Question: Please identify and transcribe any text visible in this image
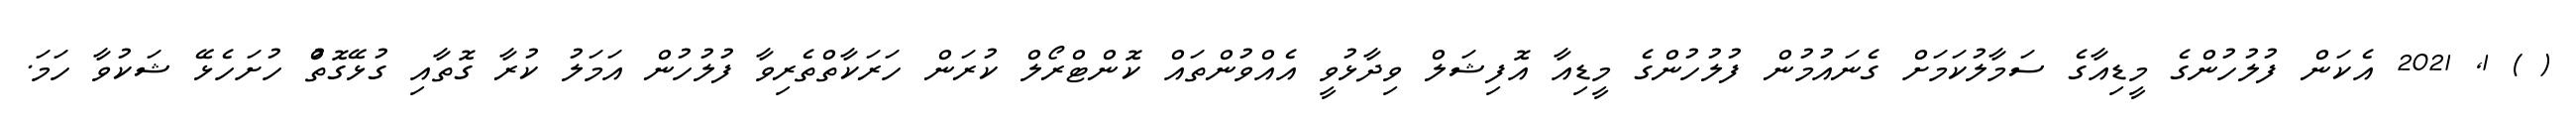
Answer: ( ) 1, 2021 އެކަން ފުލުހުންގެ މީޑިއާގެ ސަމާލުކަމަށް ގެނައުމުން ފުލުހުންގެ މީޑިއާ އޮފިޝަލް ވިދާޅުވީ އެއްވުންތައް ކޮންޓްރޯލް ކުރަން ހަރަކާތްތެރިވާ ފުލުހުން އަމަލު ކުރާ ގޮތާއި ގުޅޭގޮތުް ހުށަހެޅޭ ޝަކުވާ ހަމަ.